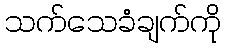
သက်သေခံချက်ကို